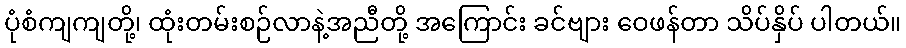
ပုံစံကျကျတို့၊ ထုံးတမ်းစဉ်လာနဲ့အညီတို့ အကြောင်း ခင်ဗျား ဝေဖန်တာ သိပ်နှိပ် ပါတယ်။